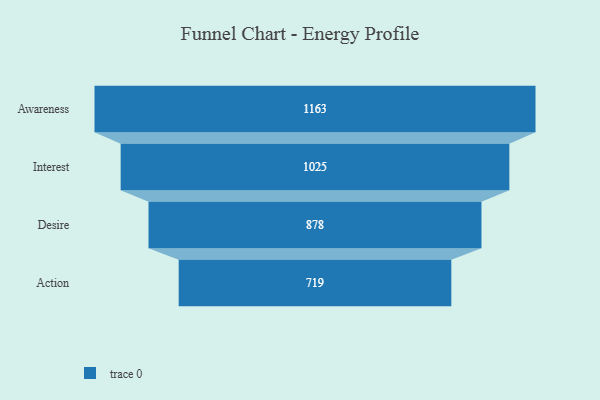
{"axis": {"x": "Stage", "y": "Value"}, "legend": [""], "data": [{"x": "Awareness", "y": 1163.0, "type": ""}, {"x": "Interest", "y": 1025.0, "type": ""}, {"x": "Desire", "y": 878.0, "type": ""}, {"x": "Action", "y": 719.0, "type": ""}]}